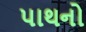
પાથનો